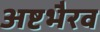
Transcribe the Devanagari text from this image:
अष्टभैरव